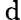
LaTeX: \, \mathrm{d}